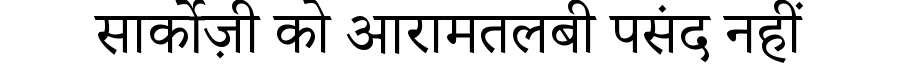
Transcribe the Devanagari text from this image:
सार्कोज़ी को आरामतलबी पसंद नहीं